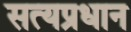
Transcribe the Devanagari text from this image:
सत्यप्रधान